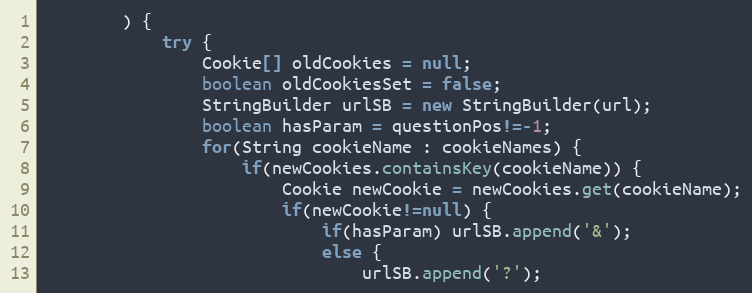
Language: Java
		) {
			try {
				Cookie[] oldCookies = null;
				boolean oldCookiesSet = false;
				StringBuilder urlSB = new StringBuilder(url);
				boolean hasParam = questionPos!=-1;
				for(String cookieName : cookieNames) {
					if(newCookies.containsKey(cookieName)) {
						Cookie newCookie = newCookies.get(cookieName);
						if(newCookie!=null) {
							if(hasParam) urlSB.append('&');
							else {
								urlSB.append('?');